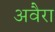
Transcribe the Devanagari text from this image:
अवैरा